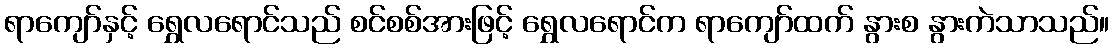
ရာကျော်နှင့် ရွှေလရောင်သည် စင်စစ်အားဖြင့် ရွှေလရောင်က ရာကျော်ထက် နွားစ နွားကဲသာသည်။